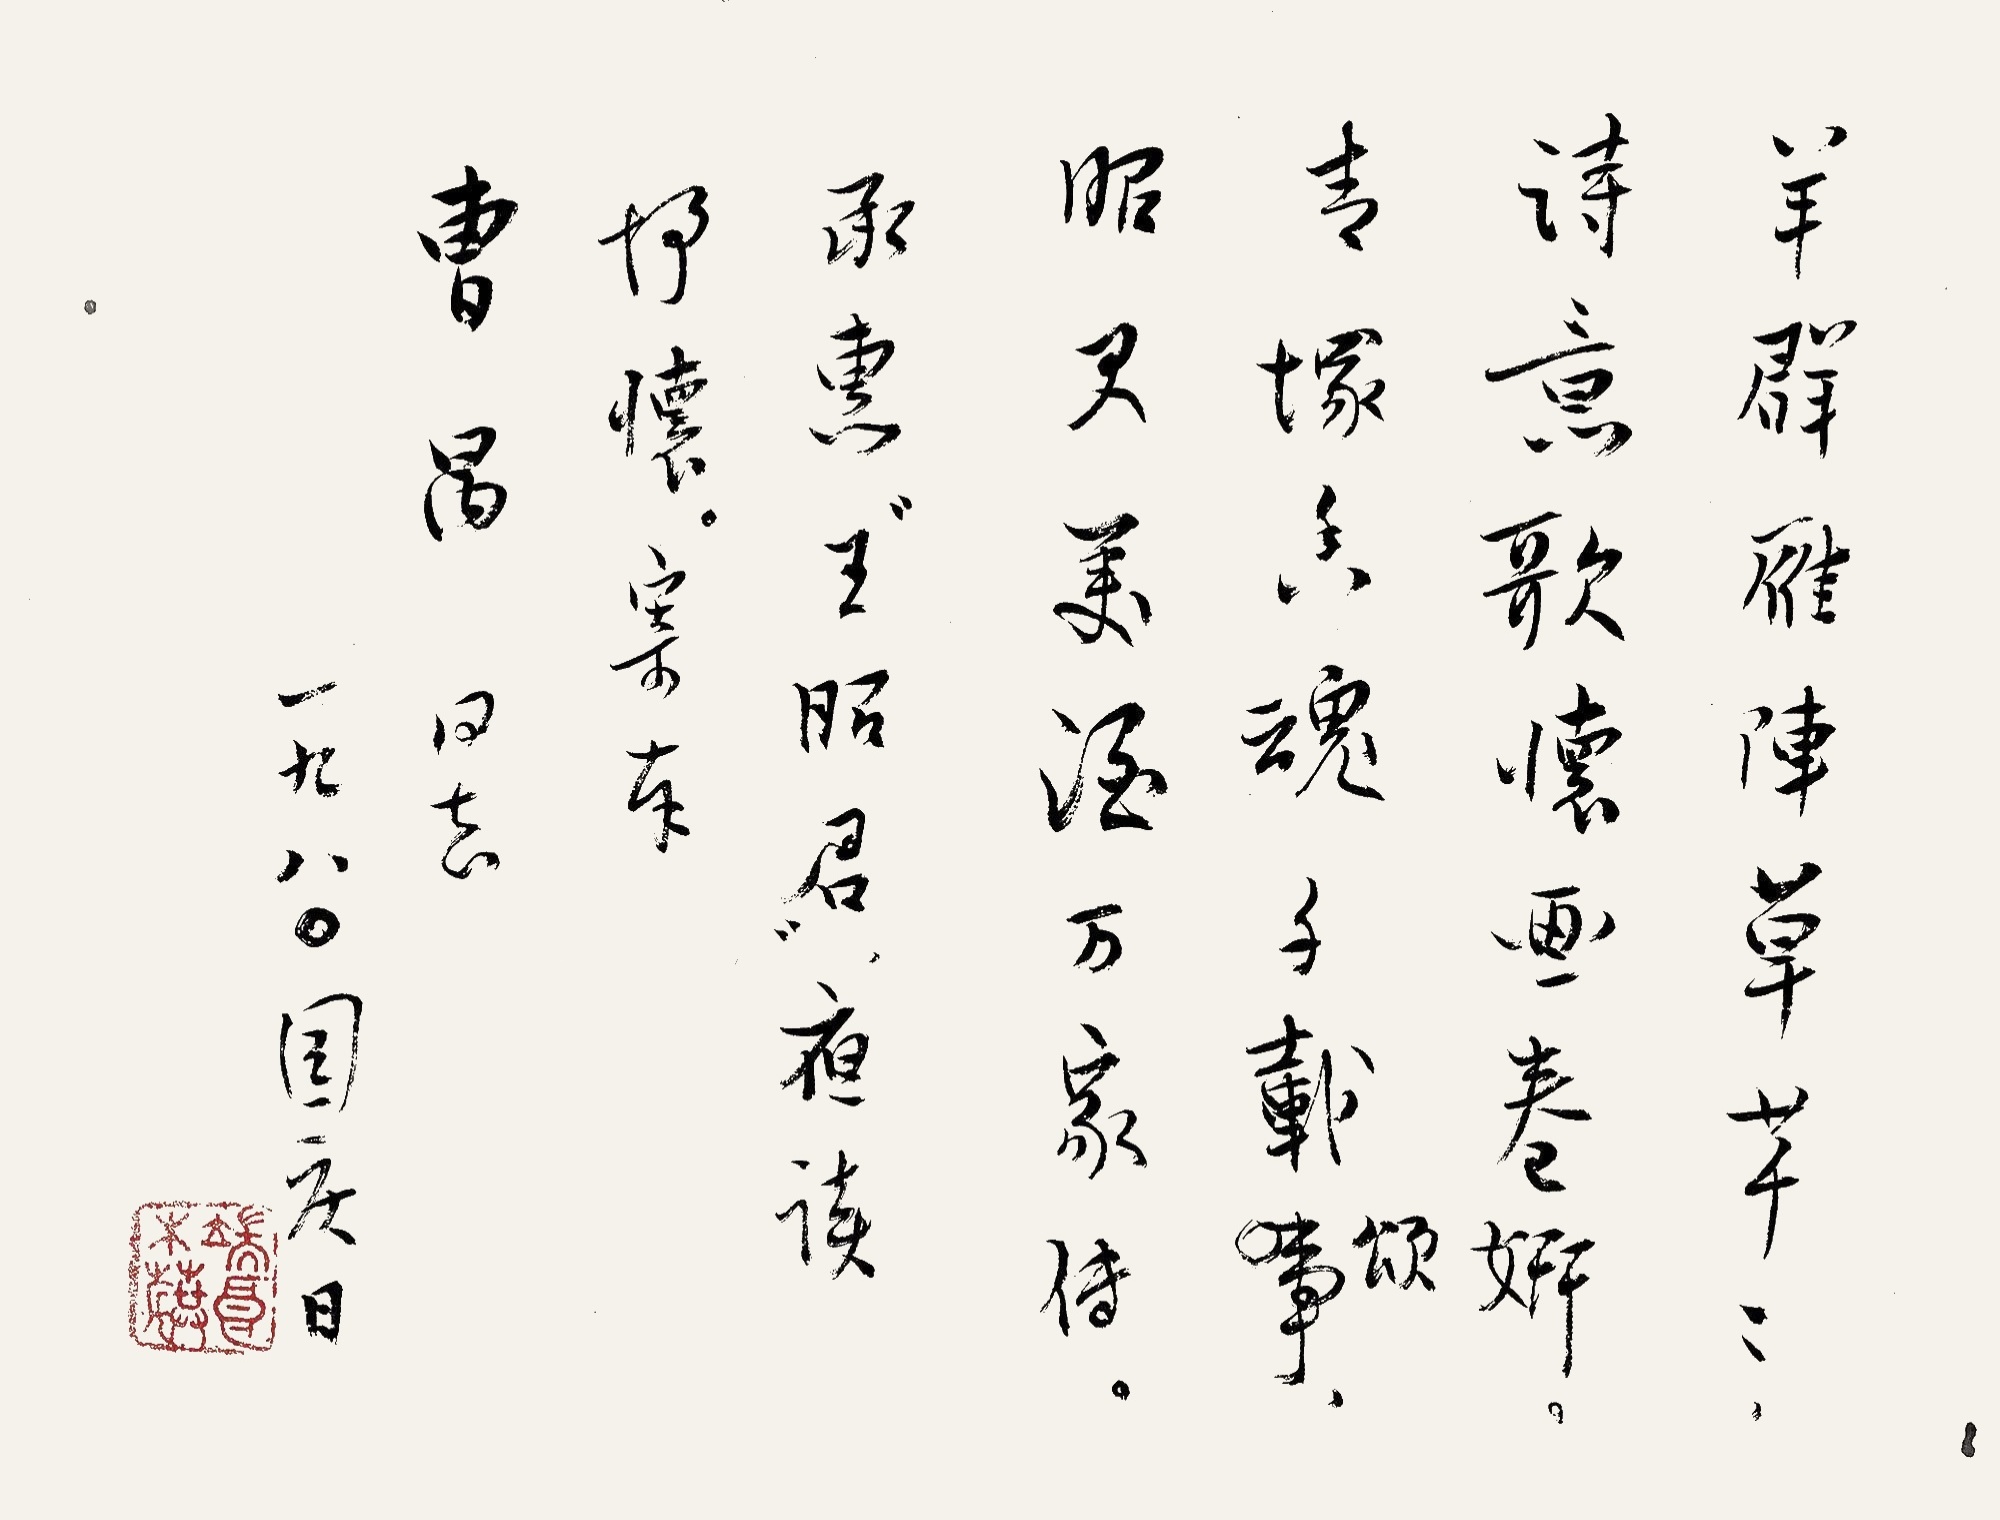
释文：羊群雁阵草芊芊，诗意歌怀画卷妍。青冢香魂千载颂，昭君美酒万家传。承惠《王昭君》，夜读抒怀，寄奉曹禺同志。一九八〇国庆日。